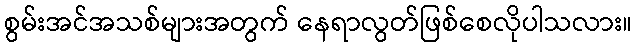
စွမ်းအင်အသစ်များအတွက် နေရာလွတ်ဖြစ်စေလိုပါသလား။